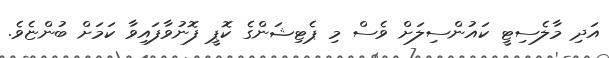
އަދި މާލެސިޓީ ކައުންސިލަށް ވެސް މި ޕެޓިޝަންގެ ކޮޕީ ފޮނުވާފައިވާ ކަމަށް ބުންޏެވެ.